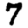
Digit: 7